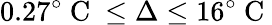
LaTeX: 0.27^{\circ}\mathrm{~C~}\leq\Delta\leq 16^{\circ}\mathrm{~C~}